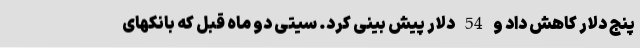
پنج دلار کاهش داد و 54 دلار پیش بینی کرد. سیتی دو ماه قبل که بانکهای